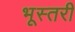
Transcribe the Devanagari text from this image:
भूस्तरी